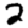
Digit: 2